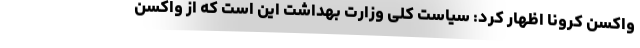
واکسن کرونا اظهار کرد: سیاست کلی وزارت بهداشت این است که از واکسن